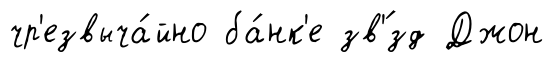
чр'езвыча́йно ба́нк'е зв'́зд Джон